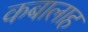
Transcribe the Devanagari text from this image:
कबालाह